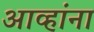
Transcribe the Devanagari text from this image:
आव्हांना